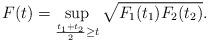
LaTeX: \begin{align*}F(t)= \sup_{\frac{t_1+ t_2}{2} \ge t} \sqrt{F_1(t_1) F_2 ( t_2 )} . \end{align*}